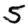
Digit: 5